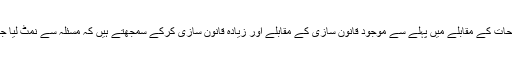
ہم بڑی یا غیر معمولی اصلاحات کے مقابلے میں پہلے سے موجود قانون سازی کے مقابلے اور زیادہ قانون سازی کرکے سمجھتے ہیں کہ مسئلہ سے نمٹ لیا جائے گا، جو ممکن نہیں ہوتا۔